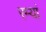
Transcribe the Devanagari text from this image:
रम्यां